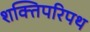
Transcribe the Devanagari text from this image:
शक्तिपरिपथ